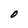
Character: O